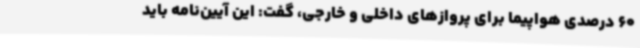
60 درصدی هواپیما برای پروازهای داخلی و خارجی، گفت: این آیین‌نامه باید